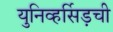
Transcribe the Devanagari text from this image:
युनिव्हर्सिड़ची